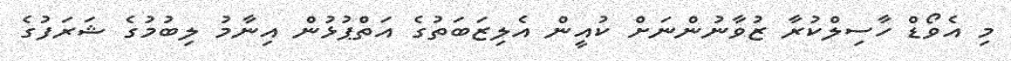
މި އެވޯޑް ހާސިލްކުރާ ޒުވާނުންނަށް ކުއީން އެލިޒަބަތުގެ އަތްޕުޅުން އިނާމު ލިބުމުގެ ޝަރަފުގެ